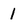
Character: 1